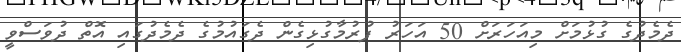
ދެމެދުގެ ގުޅުމަށް މިއަހަރަށް 50 އަހަރު ފުރުމާގުޅިގެން ދެގައުމުގެ ދެމެދުގައި އޮތް ދުވަސްވީ